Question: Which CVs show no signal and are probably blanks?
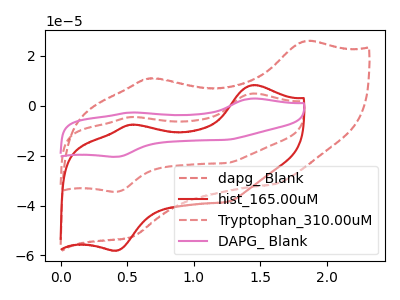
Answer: <think>The red dashed curve "dapg_ Blank" has anodic peaks at (1.85V, 25.85uA) (0.65V, 10.95uA) and cathodic peaks at (1.60V, -31.40uA) (0.55V, -52.70uA). The red curve "hist_165.00uM" has anodic peaks at (1.45V, 8.35uA) (0.55V, -7.55uA) and cathodic peaks at (0.40V, -58.00uA) (1.25V, -38.50uA). The red dashed curve "Tryptophan_310.00uM" has anodic peaks at (1.45V, 4.95uA) (0.55V, -4.45uA) and cathodic peaks at (0.40V, -34.45uA) (1.25V, -22.85uA). The pink curve "DAPG_ Blank" has anodic peaks at (1.45V, 9.90uA) (0.55V, -8.95uA) and cathodic peaks at (0.40V, -68.90uA) (1.25V, -45.75uA).</think>
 <answer>There are not any CV's on this graph that are likely to be blanks.</answer>
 <eval>none</eval>